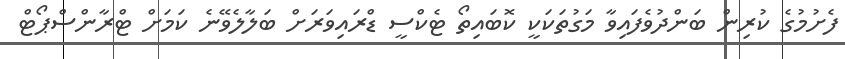
ފެށުމުގެ ކުރިން ބަންދުވެފައިވާ މަގުތަކަކީ ކޮބައިތޯ ޓެކްސީ ޑްރައިވަރަށް ބަލާލެވޭނެ ކަމަށް ޓްރާންސްޕޯޓް